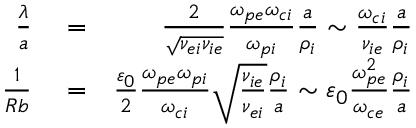
\begin{array} { r l r } { \frac { \lambda } { a } } & { { } = } & { \frac { 2 } { \sqrt { \nu _ { e i } \nu _ { i e } } } \frac { \omega _ { p e } \omega _ { c i } } { \omega _ { p i } } \frac { a } { \rho _ { i } } \sim \frac { \omega _ { c i } } { \nu _ { i e } } \frac { a } { \rho _ { i } } } \\ { \frac { 1 } { R b } } & { { } = } & { \frac { \varepsilon _ { 0 } } { 2 } \frac { \omega _ { p e } \omega _ { p i } } { \omega _ { c i } } \sqrt { \frac { \nu _ { i e } } { \nu _ { e i } } } \frac { \rho _ { i } } { a } \sim \varepsilon _ { 0 } \frac { \omega _ { p e } ^ { 2 } } { \omega _ { c e } } \frac { \rho _ { i } } { a } } \end{array}